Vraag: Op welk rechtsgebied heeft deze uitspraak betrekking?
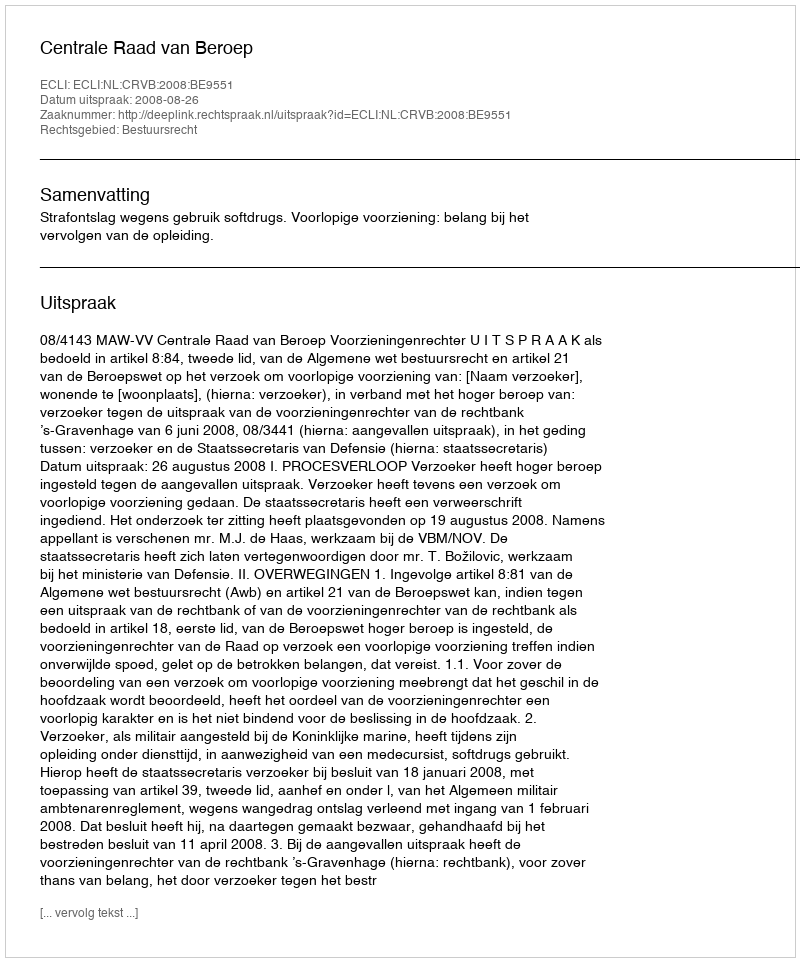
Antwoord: Bestuursrecht